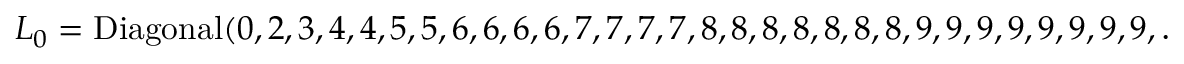
L _ { 0 } = \mathrm { D i a g o n a l } ( 0 , 2 , 3 , 4 , 4 , 5 , 5 , 6 , 6 , 6 , 6 , 7 , 7 , 7 , 7 , 8 , 8 , 8 , 8 , 8 , 8 , 8 , 9 , 9 , 9 , 9 , 9 , 9 , 9 , 9 , \ldots )